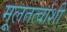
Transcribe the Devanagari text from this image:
मूलतत्वांशी